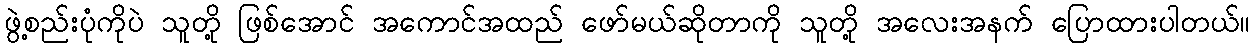
ဖွဲ့စည်းပုံကိုပဲ သူတို့ ဖြစ်အောင် အကောင်အထည် ဖော်မယ်ဆိုတာကို သူတို့ အလေးအနက် ပြောထားပါတယ်။